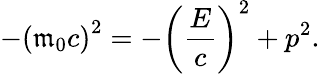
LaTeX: -\left(\mathfrak{m}_{0}c\right)^{2}=-\left({\frac{{E}}{{c}}}\right)^{2}+p^{2}.